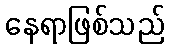
နေရာဖြစ်သည်